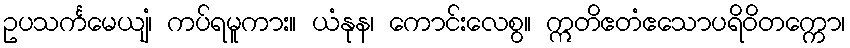
ဥပသင်္ကမေယျံ၊ ကပ်ရမူကား။ ယံနုန၊ ကောင်းလေစွ။ ဣတိဧတံဧသောပရိဝိတက္ကော၊